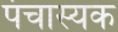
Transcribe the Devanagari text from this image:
पंचास्यक